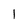
Character: 1